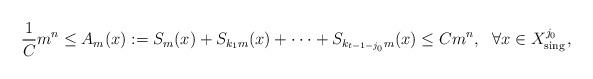
LaTeX: \begin{align*}\frac{1}{C}m^n\leq A_m(x):=S_{m}(x)+S_{k_{1}m}(x)+\cdot\cdot\cdot+S_{k_{t-1-j_0}m}(x)\leq Cm^{n}, \ \ \forall x\in X^{j_0}_{{\rm sing\,}},\end{align*}